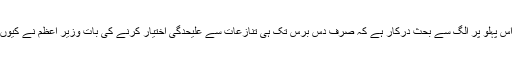
البتہ اس پہلو پر الگ سے بحث درکار ہے کہ صرف دس برس تک ہی تنازعات سے علیحدگی اختیار کرنے کی بات وزیر اعظم نے کیوں کی؟